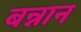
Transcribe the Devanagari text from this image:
बन्नान